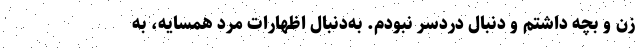
زن و بچه داشتم و دنبال دردسر نبودم. به‌دنبال اظهارات مرد همسایه، به